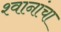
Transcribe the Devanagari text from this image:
श्वानांचा